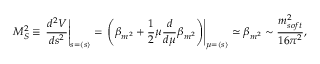
M _ { S } ^ { 2 } \equiv \left. \frac { d ^ { 2 } V } { d s ^ { 2 } } \right| _ { s = \langle s \rangle } = \left. \left( \beta _ { m ^ { 2 } } + \frac { 1 } { 2 } \mu \frac { d } { d \mu } \beta _ { m ^ { 2 } } \right) \right| _ { \mu = \langle s \rangle } \simeq \beta _ { m ^ { 2 } } \sim \frac { m _ { s o f t } ^ { 2 } } { 1 6 \pi ^ { 2 } } ,